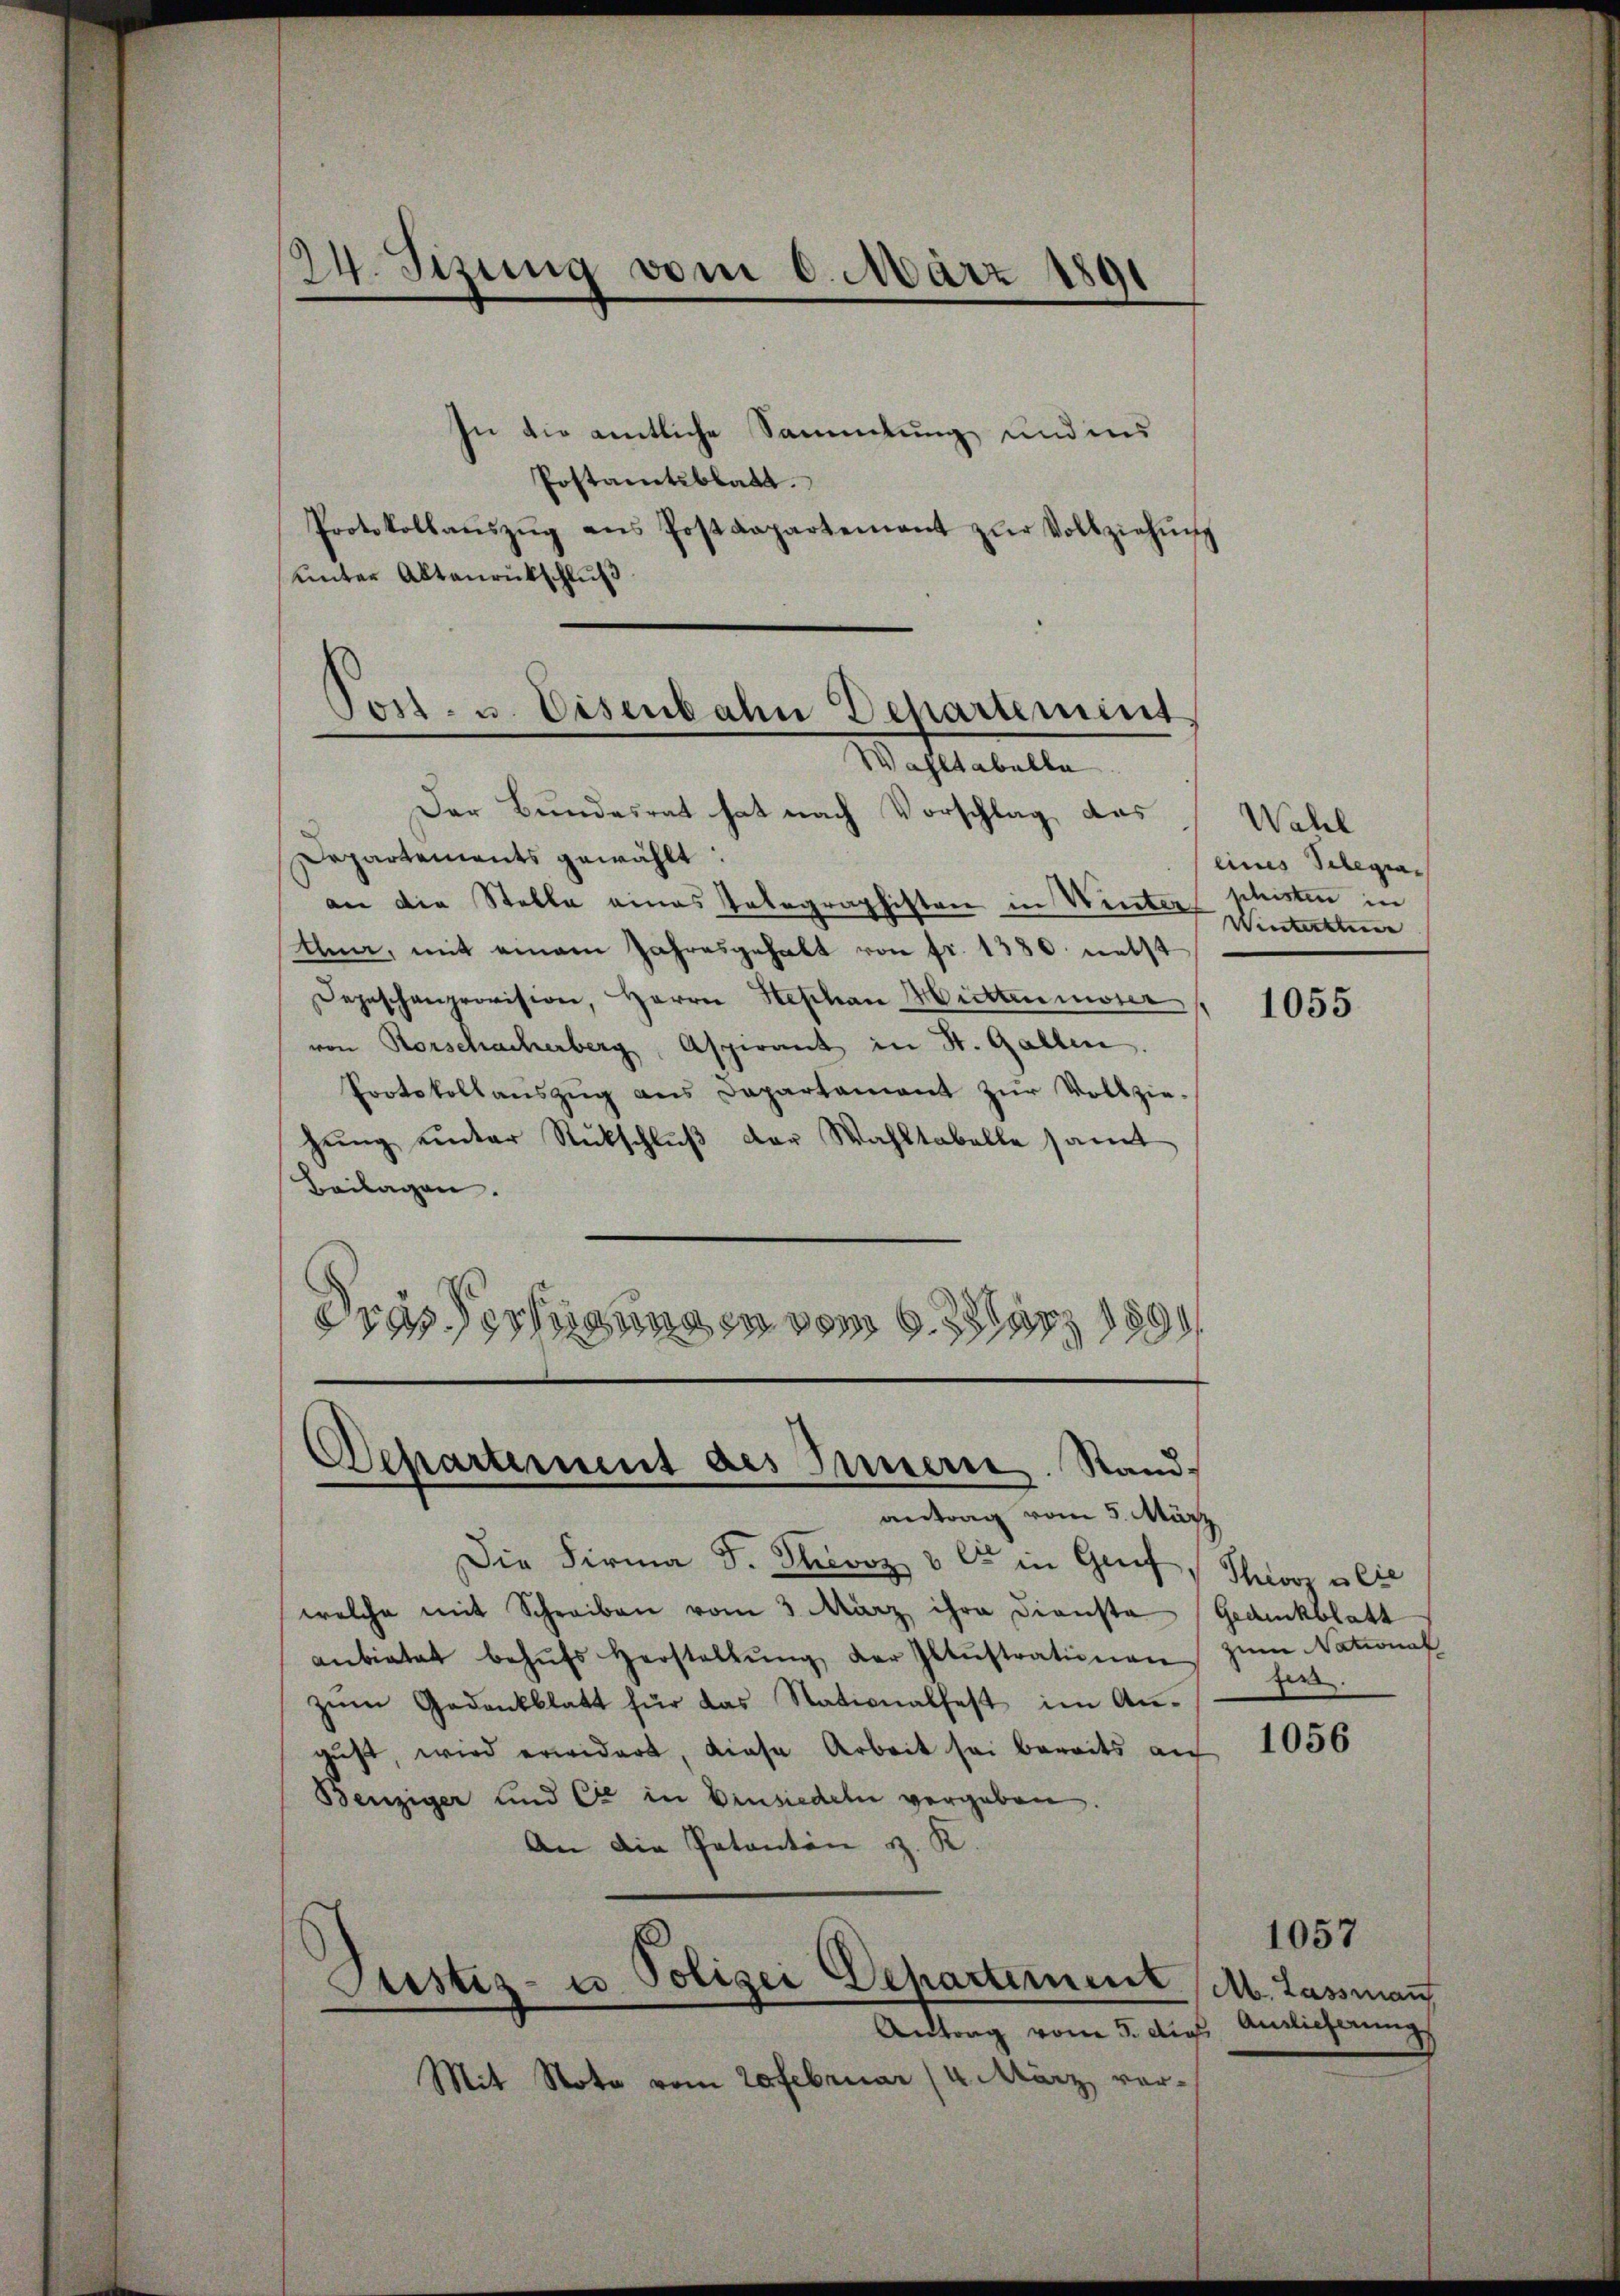
24. Sizung vom 6. März 1891

In die amtliche Sammlung und ins
Postamtsblatt.
Protokollaŭszŭg ans Postdepartement zŭr Vollziehŭng
unter Altanrückschluß

Post. u. Eisenbahn Dehartement
Wahltabella

Der Bundesrat hat nach Vorschlag, das
Departements gewählt:
an die Stelle eines Integraphisten in Winter schristen in
ten, mit einem Jahresgehalt von fr. 1380 nebst
Depeschenprovision, Herrn Stephan Mittenusser
von Rorschacherberg, Aspirant in St. Gallen.
Protokollanszŭg ans Departament zŭr Vollzie-
hŭng ŭnter Rückschlŭβ der Wahltabelle samt
Beilagen.
dres dessung in vom 9. März 1890

Departement des Innern. Standantrag vom 5. März

Wahl
eines Telegra¬
Winterthur

Die Firma S. Puvoz 8 et in Gruf
welche mit Schreiben vom 3. März ihre Dienste Gedankblatt
anbietet behŭfs Herstellŭng der Illustrationen zŭm National
zŭm Gedankblatt für das Stationalfest im An-
gŭst wird erwidert, diese Arbeit sei bereits auf 1056
Benziger und Er in Einsiedeln vergeben.
An die Patanton z. K.
Justiz- u Polizei Departement Ab. Lassman
Antrag vom 5. dies Ansicherung
Mit Note vom 20 Februar (u. März vor-

1055

Thez u. lie
fer.

1057